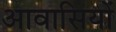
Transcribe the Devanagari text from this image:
आवासियों